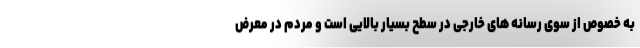
به خصوص از سوی رسانه های خارجی در سطح بسیار بالایی است و مردم در معرض